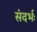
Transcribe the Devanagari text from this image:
संदर्भः